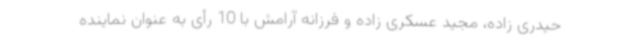
حیدری زاده، مجید عسکری زاده و فرزانه آرامش با 10 رأی به عنوان نماینده